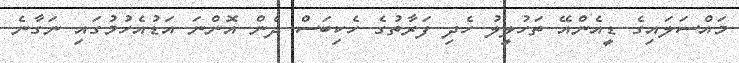
މައްސަލައިގެ ޑީއެންއޭ ތަހުލީލު ހެދި ފަރާތުގެ ހެކިބަސް ދެން އޮންނަ އަޑުއެހުމުގައި ނަގާނެ